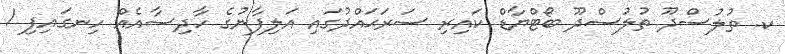
ކ. ތުލުސްދޫ ތުލުސްދޫ ބޯޓްޔާޑް ކައިރި ސަރަޙައްދުގައި އަލިފާނުގެ ހާދިސާއެއް ހިނގައިފި 1